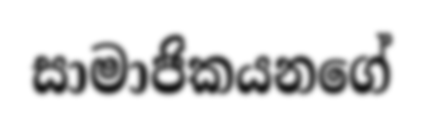
සාමාජිකයනගේ